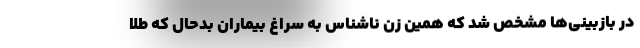
در بازبینی‌ها مشخص شد که همین زن ناشناس به سراغ بیماران بدحال که طلا